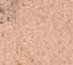
々